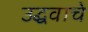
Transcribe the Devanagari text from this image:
उद्धवाचे